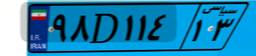
۹۸D۱۱۴۱۳